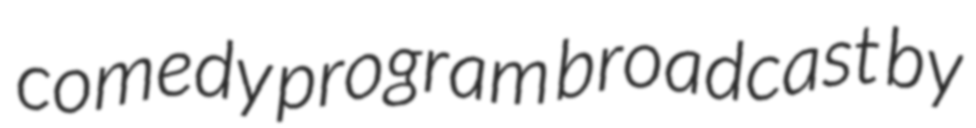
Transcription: comedy program broadcast by